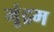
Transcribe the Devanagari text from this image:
मूंद्रम